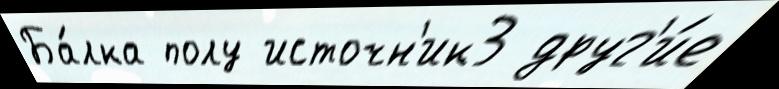
Ба́лка полу источн'ик3 друг'и́е